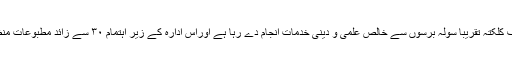
”ادارئہ ترجمہ و تالیف کلکتہ تقریباً سولہ برسوں سے خالص علمی و دینی خدمات انجام دے رہا ہے اوراس ادارہ کے زیر اہتمام ۳۰ سے زائد مطبوعات منظر عام پر آچکی ہیں۔